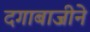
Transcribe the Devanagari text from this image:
दगाबाजीने